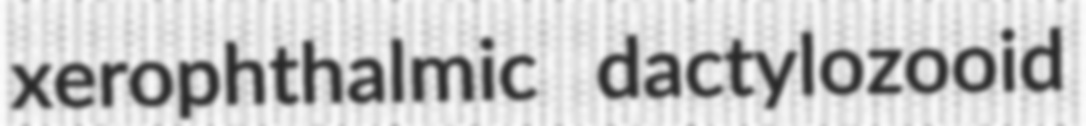
xerophthalmic dactylozooid